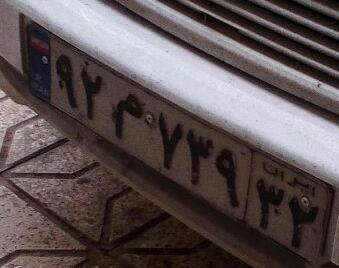
۹۲م۷۳۹۳۲